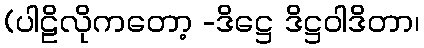
(ပါဠိလိုကတော့ -ဒိဋ္ဌေ ဒိဋ္ဌဝါဒိတာ၊